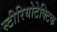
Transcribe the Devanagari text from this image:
स्टीरियोटेक्टिक